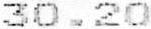
30.20